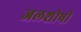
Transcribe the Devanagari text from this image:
जलशोषी